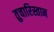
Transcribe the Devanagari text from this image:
तुचारिस्तान